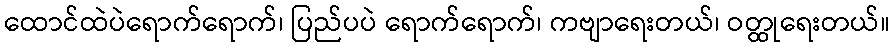
ထောင်ထဲပဲရောက်ရောက်၊ ပြည်ပပဲ ရောက်ရောက်၊ ကဗျာရေးတယ်၊ ဝတ္ထုရေးတယ်။